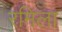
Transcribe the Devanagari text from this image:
रमिला